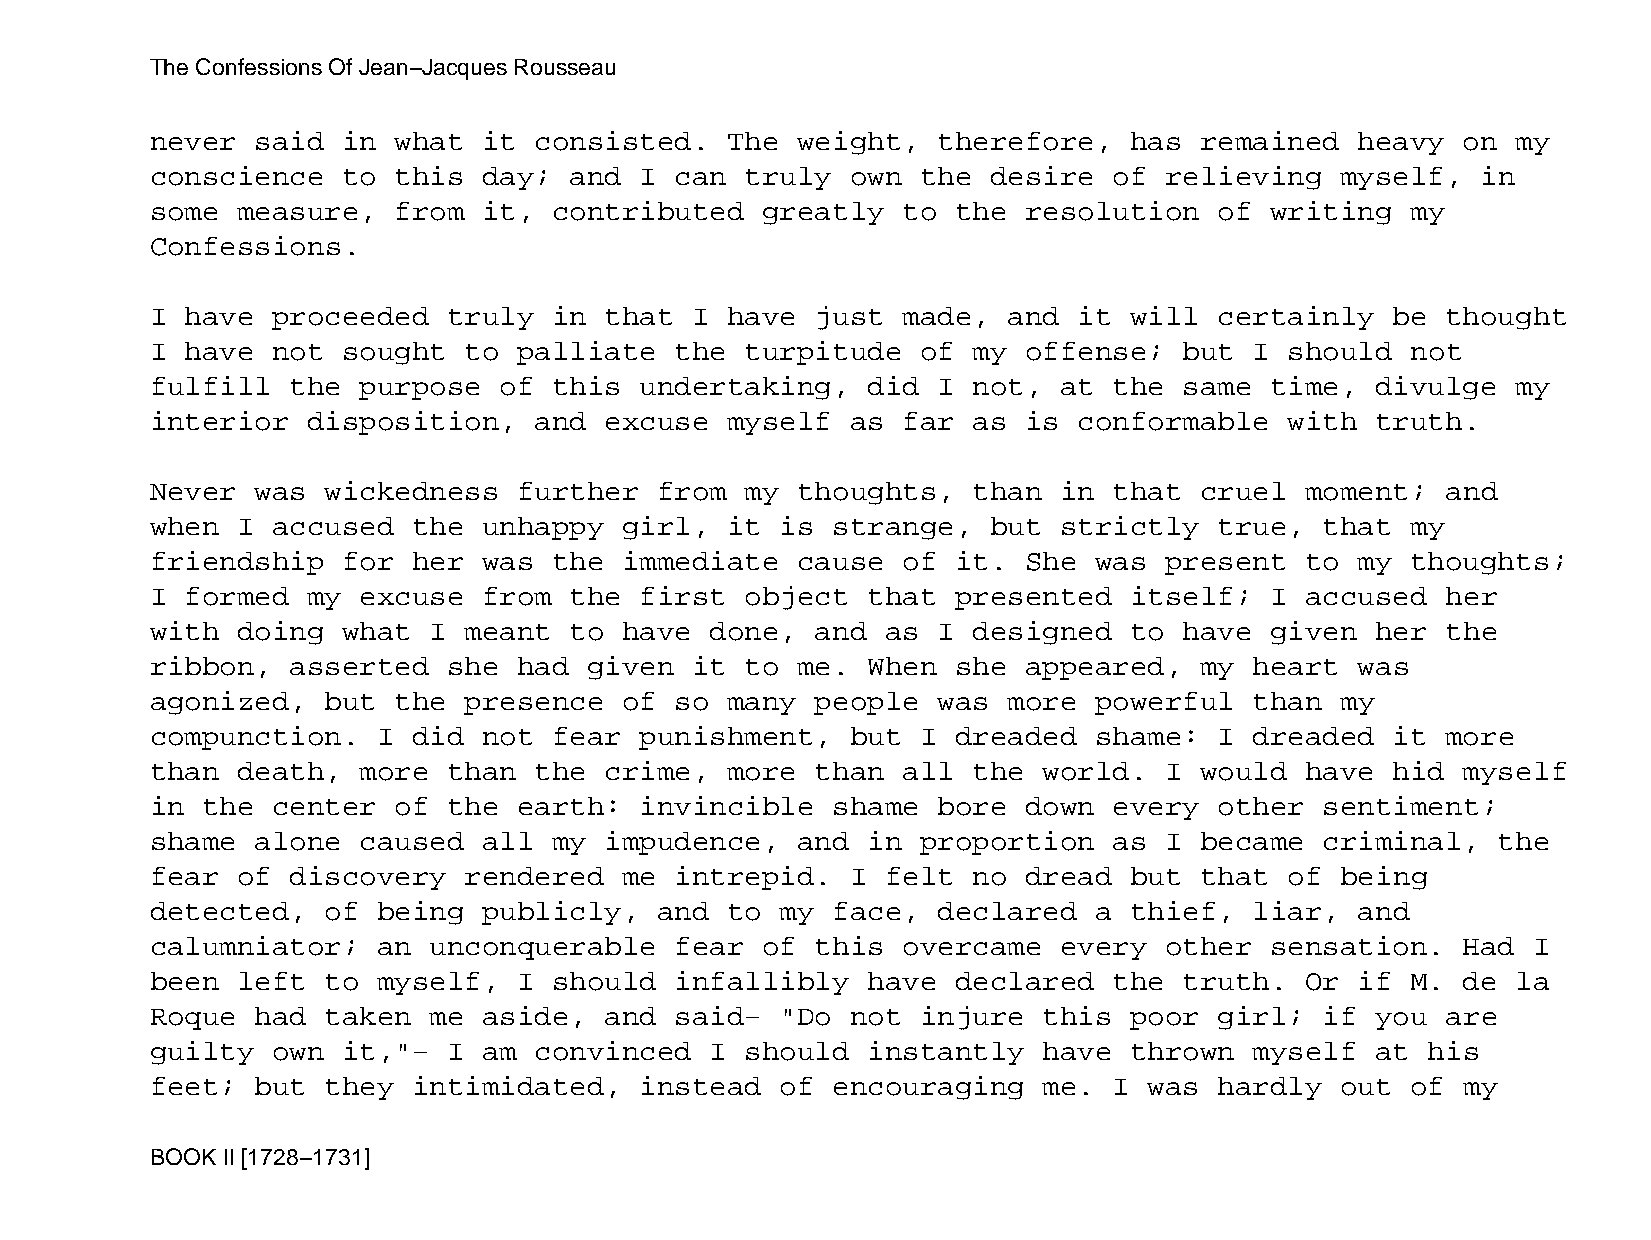
The Confessions Of Jean−Jacques Rousseau
 never  said  in what  it consisted.   The  weight,  therefore,   has remained   heavy  on my
 conscience   to this  day;  and I  can truly  own  the  desire  of relieving   myself,  in
 some  measure,  from  it,  contributed  greatly   to the  resolution   of writing  my
 Confessions.
 I have  proceeded   truly  in that  I have  just  made,  and it  will  certainly  be  thought
 I have  not  sought  to palliate   the turpitude   of my  offense;  but  I should  not
 fulfill  the  purpose  of  this undertaking,   did  I not,  at  the same  time,  divulge  my
 interior  disposition,   and  excuse  myself  as  far as  is conformable   with  truth.
 Never  was  wickedness  further   from my  thoughts,  than  in  that cruel  moment;   and
 when  I accused  the  unhappy  girl,  it  is strange,   but strictly   true,  that my
 friendship   for her  was  the immediate   cause  of it.  She was  present  to  my thoughts;
 I formed  my  excuse  from  the first  object  that  presented   itself;  I accused   her
 with  doing  what I  meant  to have  done,  and  as I designed   to have  given  her  the
 ribbon,  asserted   she had  given  it to  me. When  she  appeared,  my  heart  was
 agonized,   but the  presence  of  so many  people  was  more powerful   than  my
 compunction.   I did  not  fear punishment,   but  I dreaded  shame:   I dreaded  it  more
 than  death,  more  than the  crime,  more  than  all the  world.  I would  have  hid  myself
 in the  center  of  the earth:  invincible   shame  bore  down  every  other  sentiment;
 shame  alone  caused  all  my impudence,   and in  proportion   as I became   criminal,  the
 fear  of discovery   rendered  me  intrepid.  I  felt no  dread  but that  of  being
 detected,   of being  publicly,   and to  my face,  declared  a  thief,  liar,  and
 calumniator;   an unconquerable    fear of  this  overcame  every  other  sensation.   Had I
 been  left  to myself,  I  should  infallibly  have  declared   the truth.  Or  if M.  de la
 Roque  had  taken me  aside,  and  said−  "Do not  injure  this  poor  girl;  if you  are
 guilty  own  it,"−  I am convinced   I should  instantly   have  thrown  myself  at  his
 feet;  but  they intimidated,   instead   of encouraging   me.  I was  hardly  out of  my
 BOOK II [1728−1731]